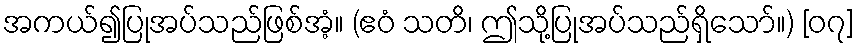
အကယ်၍ပြုအပ်သည်ဖြစ်အံ့။ (ဧဝံ သတိ၊ ဤသို့ပြုအပ်သည်ရှိသော်။) [၀၇]